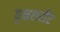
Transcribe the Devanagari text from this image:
वृक्षशरीर